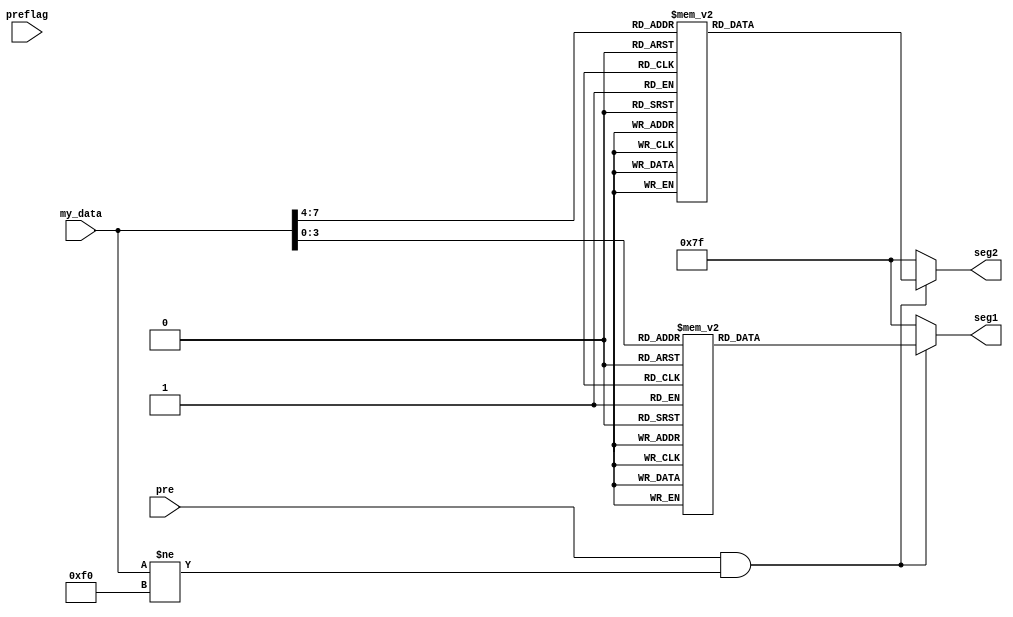
module show (pre,my_data,seg1,seg2,preflag);
	input pre;
	input preflag;
	input [7:0] my_data;
	output reg [6:0]seg1;
	output reg [6:0]seg2;
	
	always
	begin
		if(((pre == 1) && (my_data[7:0] != 8'hf0)))	
		begin	
			case(my_data[3:0])
			0: seg1[6:0] = 7'b1000000;
			1: seg1[6:0] = 7'b1111001;
			2: seg1[6:0] = 7'b0100100;
			3: seg1[6:0] = 7'b0110000;
			4: seg1[6:0] = 7'b0011001;
			5: seg1[6:0] = 7'b0010010;
			6: seg1[6:0] = 7'b0000010;
			7: seg1[6:0] = 7'b1111000;
			8: seg1[6:0] = 7'b0000000;
			9: seg1[6:0] = 7'b0010000;
			10:seg1[6:0] = 7'b0001000;
			11:seg1[6:0] = 7'b0000011;
			12:seg1[6:0] = 7'b1000110;
			13:seg1[6:0] = 7'b0100001;
			14:seg1[6:0] = 7'b0000110;
			15:seg1[6:0] = 7'b0001110;
			endcase
		
			case(my_data[7:4])
			0: seg2[6:0] = 7'b1000000;
			1: seg2[6:0] = 7'b1111001;
			2: seg2[6:0] = 7'b0100100;
			3: seg2[6:0] = 7'b0110000;
			4: seg2[6:0] = 7'b0011001;
			5: seg2[6:0] = 7'b0010010;
			6: seg2[6:0] = 7'b0000010;
			7: seg2[6:0] = 7'b1111000;
			8: seg2[6:0] = 7'b0000000;
			9: seg2[6:0] = 7'b0010000;
			10:seg2[6:0] = 7'b0001000;
			11:seg2[6:0] = 7'b0000011;
			12:seg2[6:0] = 7'b1000110;
			13:seg2[6:0] = 7'b0100001;
			14:seg2[6:0] = 7'b0000110;
			15:seg2[6:0] = 7'b0001110;
			endcase
		end
		else
		begin
			seg1[6:0] = 7'b1111111;
			seg2[6:0] = 7'b1111111;
		end
	end
endmodule